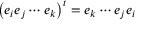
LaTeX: \left( e _ { i } e _ { j } \cdots e _ { k } \right) ^ { t } = e _ { k } \cdots e _ { j } e _ { i }